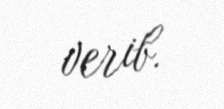
verib.